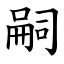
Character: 嗣